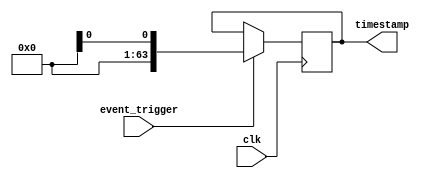
module timestamp_timer (
    input wire clk,
    input wire event_trigger,
    output reg [63:0] timestamp
);

reg [63:0] count;

always @(posedge clk) begin
    if (event_trigger) begin
        timestamp <= $time;
    end
    
    count <= count + 1;
end

endmodule